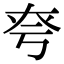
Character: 𡘆